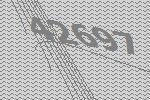
42697